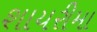
શાયરીમા